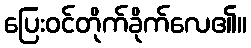
ပြေးဝင်တိုက်ခိုက်လေ၏။